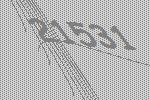
21531